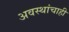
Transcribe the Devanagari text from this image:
अवस्थांचाही